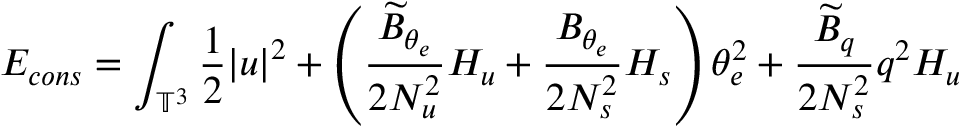
E _ { c o n s } = \int _ { \mathbb { T } ^ { 3 } } \frac { 1 } { 2 } { \lvert u \rvert } ^ { 2 } + \left( \frac { \widetilde { B } _ { \theta _ { e } } } { 2 N _ { u } ^ { 2 } } H _ { u } + \frac { B _ { \theta _ { e } } } { 2 N _ { s } ^ { 2 } } H _ { s } \right) \theta _ { e } ^ { 2 } + \frac { \widetilde { B } _ { q } } { 2 N _ { s } ^ { 2 } } q ^ { 2 } H _ { u }